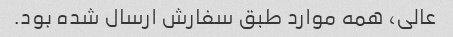
عالی، همه موارد طبق سفارش ارسال شده بود.